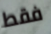
فقط